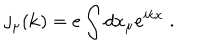
LaTeX: j _ { \mu } ( { \bf k } ) = e \int d x _ { \mu } e ^ { i k x } \; .